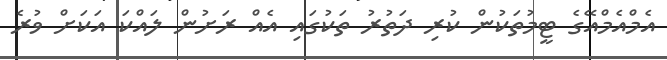
އެމްއެމްއޭގެ ޓީމުތަކުން ކުރި ދަތުރު ތަކުގައި އެއް ރަށުން ލައްކަ އަކަށް ވުރެ